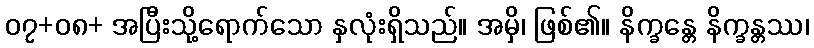
၀၇+၀၈+ အပြီးသို့ရောက်သော နှလုံးရှိသည်။ အမှိ၊ ဖြစ်၏။ နိက္ခန္တေ နိက္ခန္တဿ၊